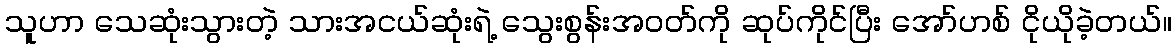
သူဟာ သေဆုံးသွားတဲ့ သားအငယ်ဆုံးရဲ့ သွေးစွန်းအဝတ်ကို ဆုပ်ကိုင်ပြီး အော်ဟစ် ငိုယိုခဲ့တယ်။